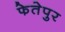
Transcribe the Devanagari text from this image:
फेतेपुर